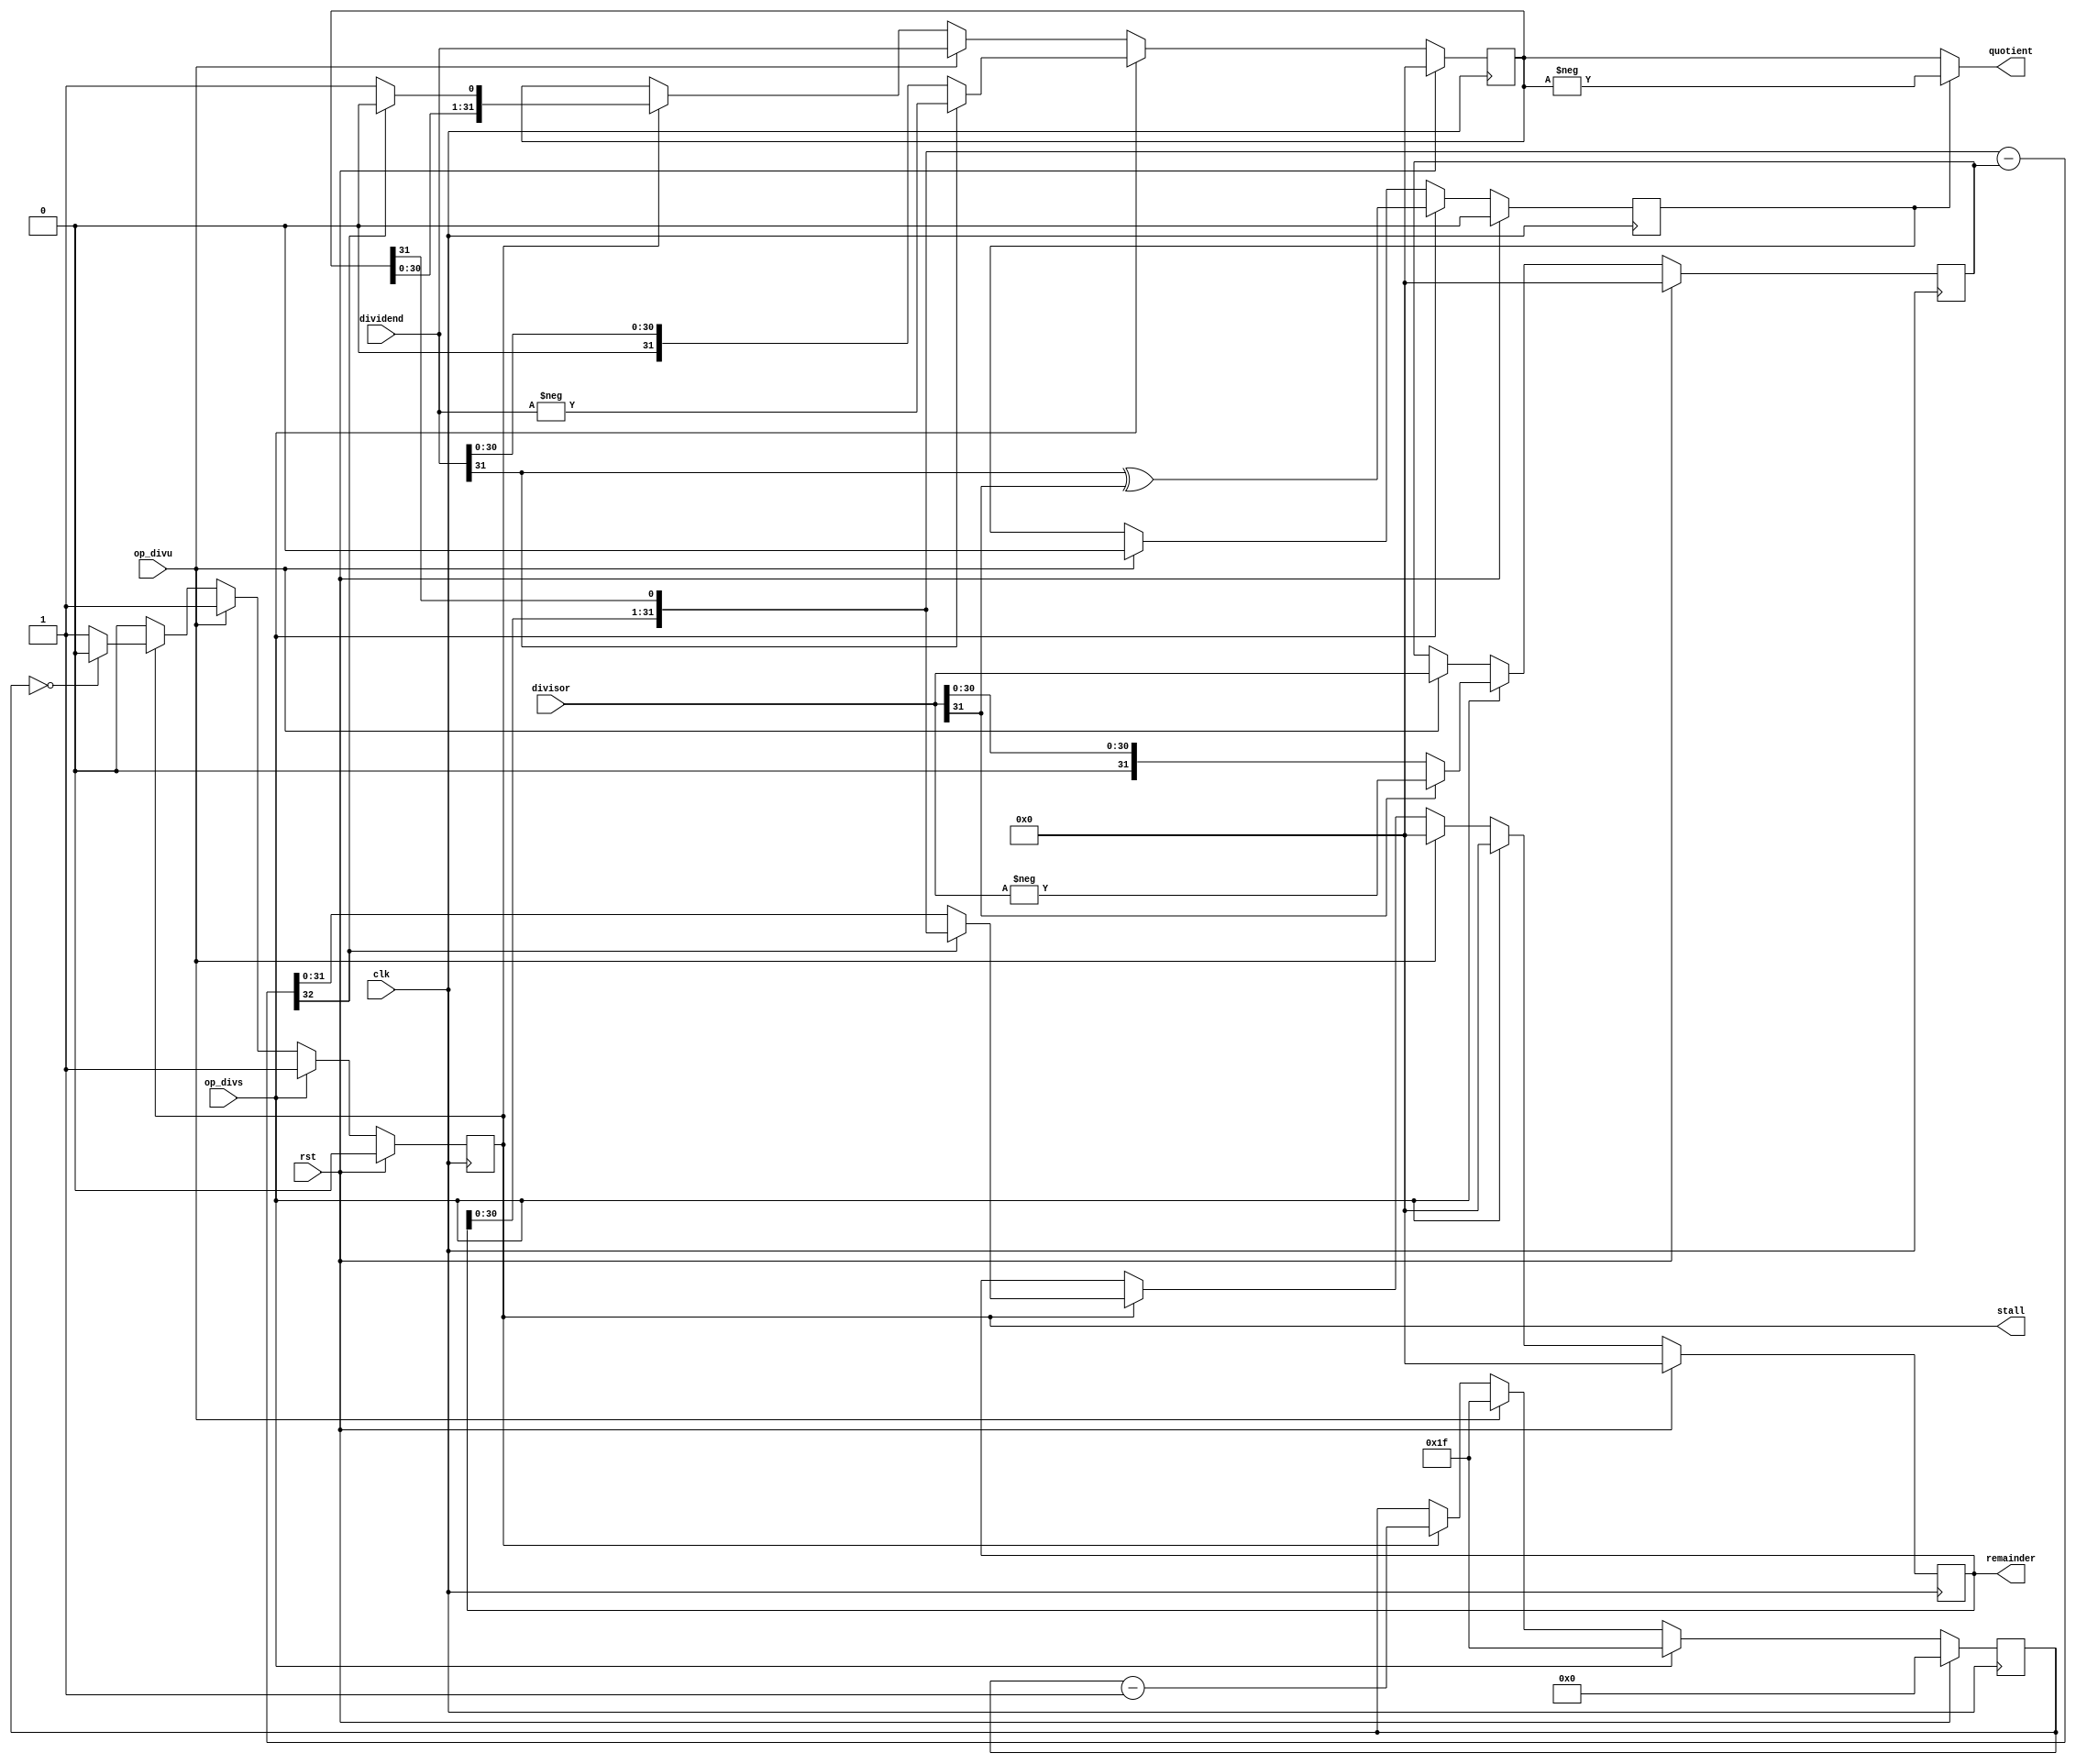
module musb_div(
    input           clk,            // clock
    input           rst,            // reset
    input           op_divs,        // 1 for signed operation
    input           op_divu,        // 1 for unsigned operation
    input   [31:0]  dividend,       // Operand
    input   [31:0]  divisor,        // Operand
    output  [31:0]  quotient,       // Result
    output  [31:0]  remainder,      // Result
    output          stall           // 1 while calculating
    );

    //--------------------------------------------------------------------------
    // Signal Declaration: reg
    //--------------------------------------------------------------------------
    reg             active;             // 1 while running
    reg             neg_result;         // 1 if the result will be negative
    reg     [4:0]   cycle;              // number of cycles needed.
    reg     [31:0]  result;             // Store the result.
    reg     [31:0]  denominator;        // divisor
    reg     [31:0]  residual;           // current remainder

    //--------------------------------------------------------------------------
    // Signal Declaration: wire
    //--------------------------------------------------------------------------
    wire    [32:0]  partial_sub;        // temp

    //--------------------------------------------------------------------------
    // assignments
    //--------------------------------------------------------------------------
    assign quotient    = !neg_result ? result : -result;
    assign remainder   = residual;
    assign stall       = active;
    assign partial_sub = {residual[30:0], result[31]} - denominator;            // calculate partial result

    //--------------------------------------------------------------------------
    // State Machine. This needs 32 cycles to calculate the result.
    // The result is loaded after 34 cycles
    // The first cycle is setup.
    //--------------------------------------------------------------------------
    always @(posedge clk) begin
        if (rst) begin
            active      <= 1'b0;
            neg_result  <= 1'b0;
            cycle       <= 5'b0;
            result      <= 32'b0;
            denominator <= 32'b0;
            residual    <= 32'b0;
        end
        else begin
            if(op_divs) begin
                // Signed division.
                cycle       <= 5'd31;
                result      <= (dividend[31] == 1'b0) ? dividend : -dividend;
                denominator <= (divisor[31] == 1'b0) ? divisor : -divisor;
                residual    <= 32'b0;
                neg_result  <= dividend[31] ^ divisor[31];
                active      <= 1'b1;
            end
            else if (op_divu) begin
                // Unsigned division.
                cycle       <= 5'd31;
                result      <= dividend;
                denominator <= divisor;
                residual    <= 32'b0;
                neg_result  <= 1'b0;
                active      <= 1'b1;
            end
            else if (active) begin
                // run a iteration
                if(partial_sub[32] == 1'b0) begin
                    residual <= partial_sub[31:0];
                    result   <= {result[30:0], 1'b1};
                end
                else begin
                    residual <= {residual[30:0], result[31]};
                    result   <= {result[30:0], 1'b0};
                end

                if (cycle == 5'b0) begin
                    active <= 1'b0;
                end

                cycle <= cycle - 5'd1;
            end
        end
    end
endmodule